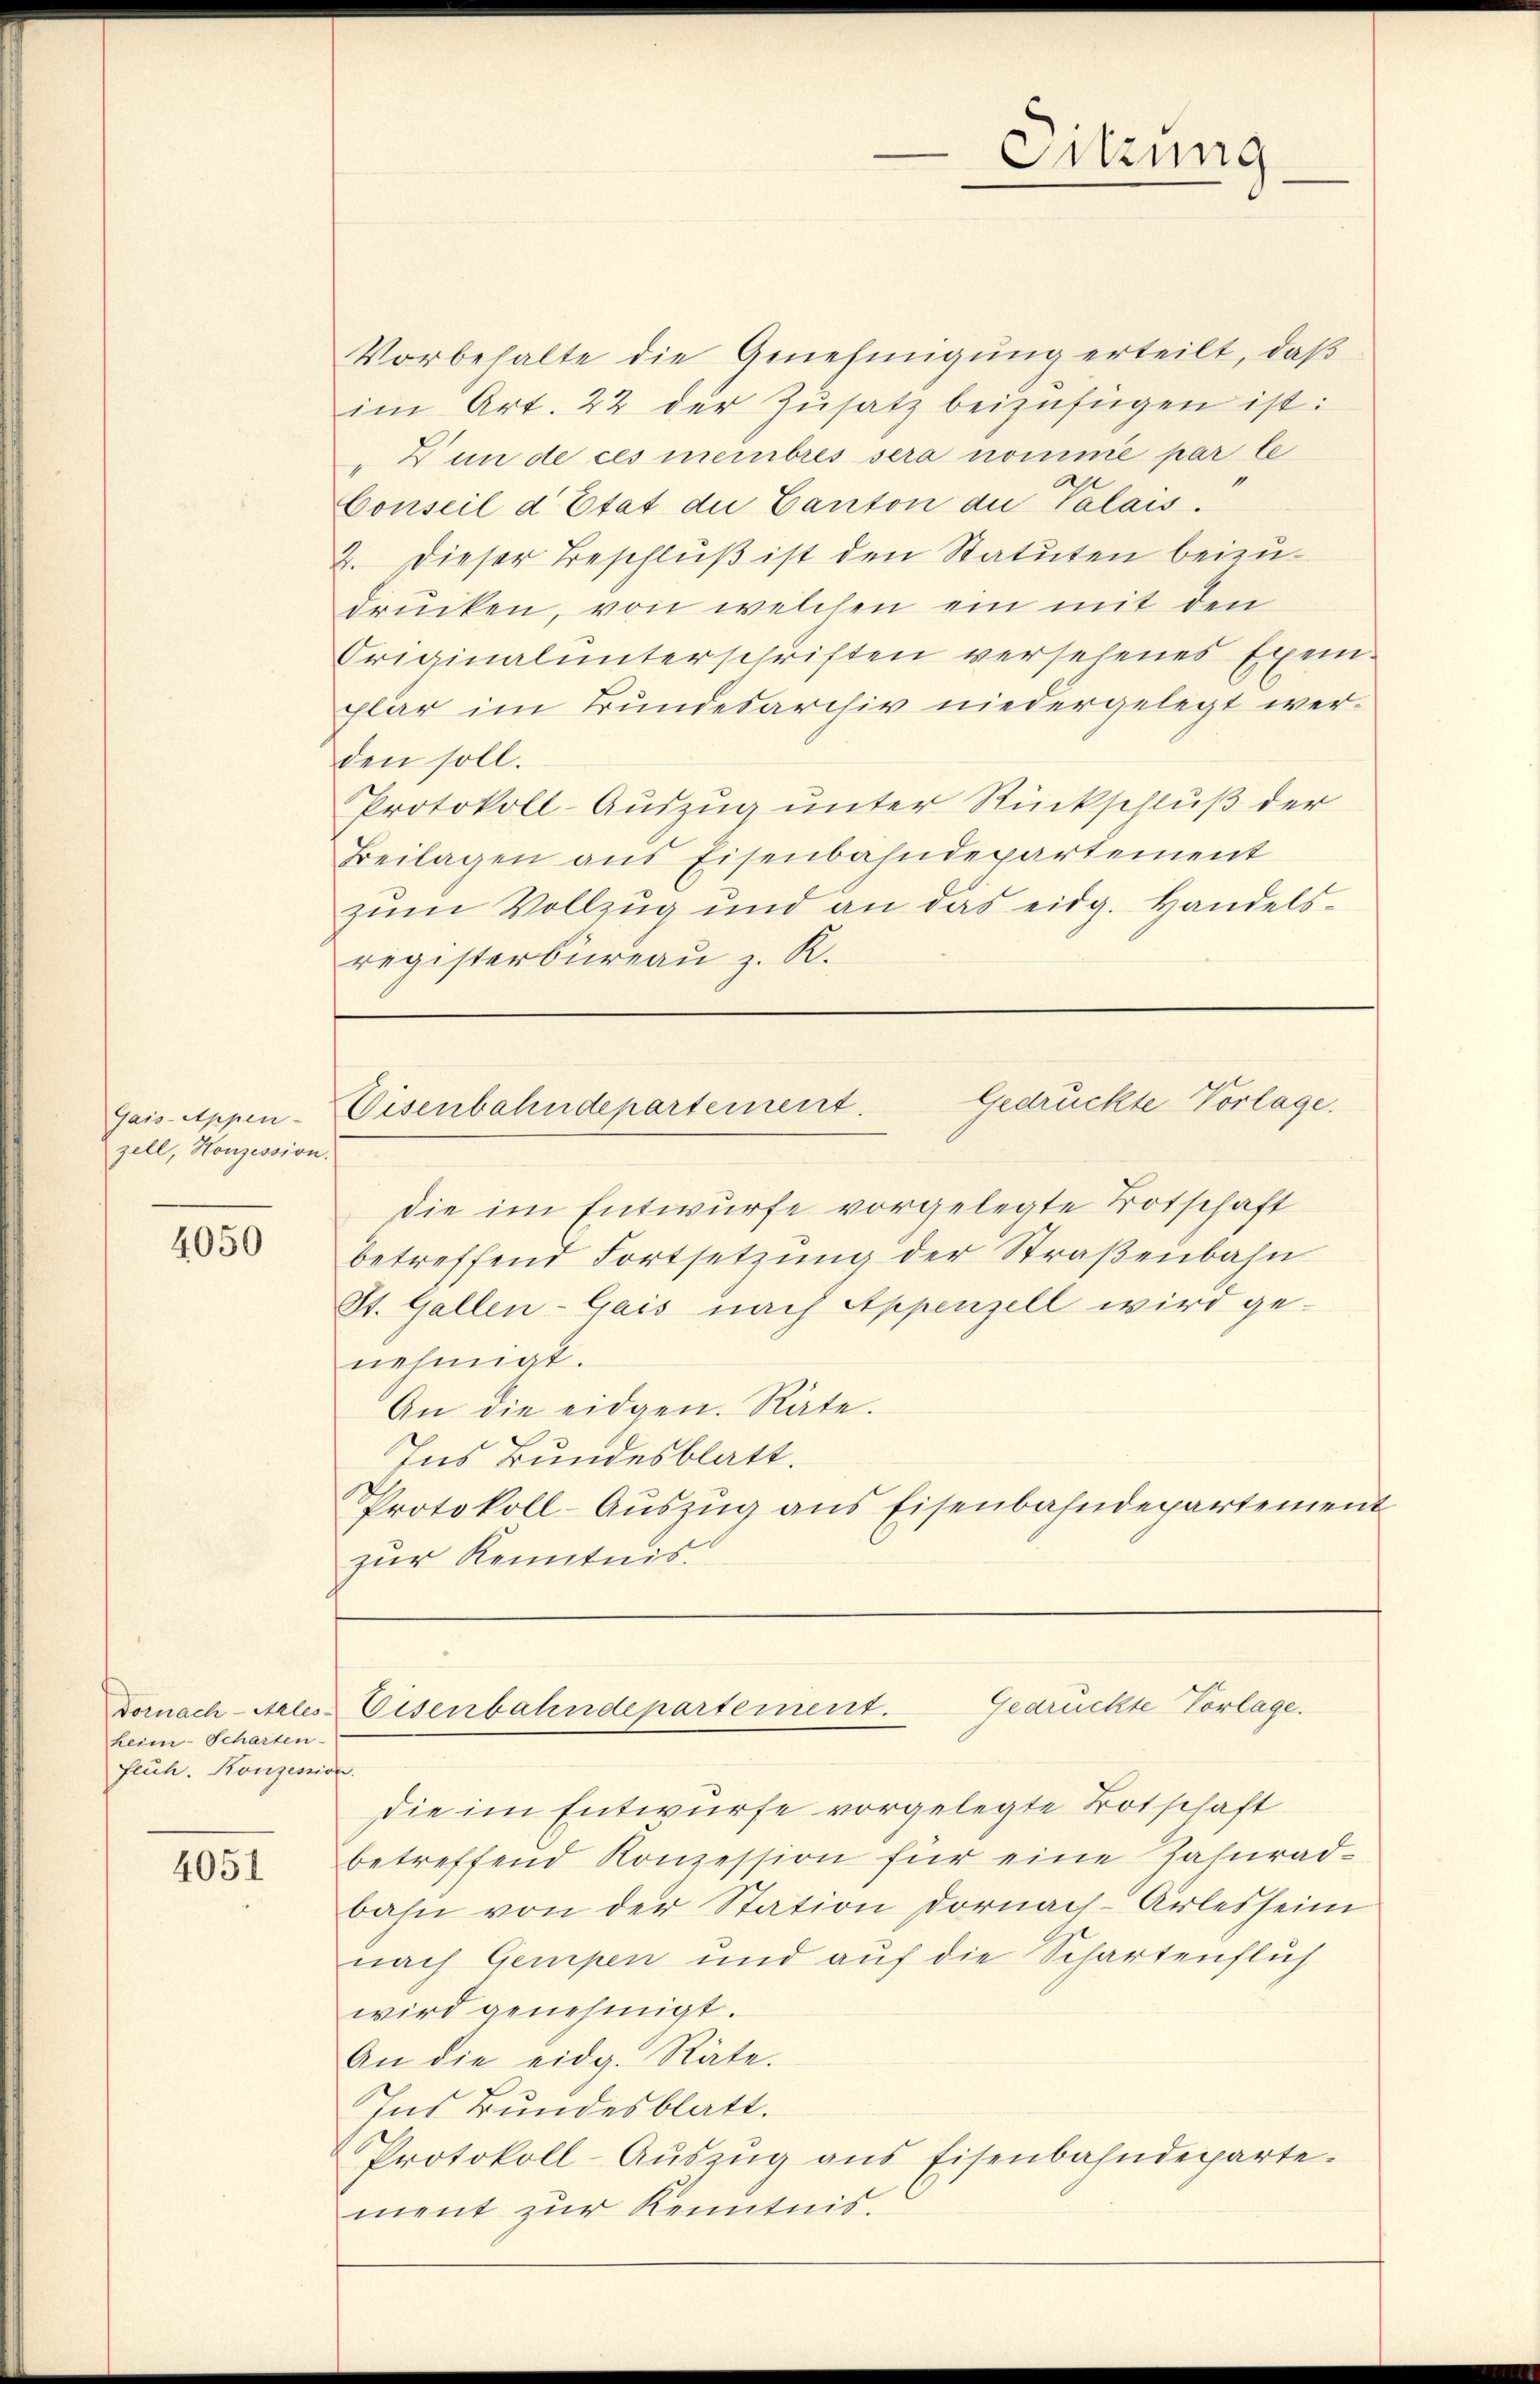
Gais-Appen-
zell, Honzession.

4050

heim-Scharten-
fluch. Konzession.

4051

Vorbehalte die Genehmigung erteilt, daß
im Art. 22 der Zŭsatz beizufügen ist:
" un de ces membres sera nomme par le
an
1
Conseil d Etat die Canton du Palais.
2. Dieser Beschluß ist den Statuten beizudrücken, von welchen ein mit den
Originalunterschriften versehenes Exem-
plar im Bundesarchiv niedergelegt werden soll.
Protokoll-Auszug unter Rückschluß der
Beilagen aus Eisenbahndepartement
zum Vollzug und an das eidg. Handelsregisterbüreaŭ z. R.

die im Entwurfe vorgelegte Botschaft
betreffend Fortsetzung der Straßenbahn
St. Gallen-Gais nach Appenzell wird ge-
nehmigt.
An die eidgen. Räte.
Ins Bundesblatt.
Protokoll-Auszug aus Eisenbahndepartement
zur Kenntnis

die im Entwurfe vorgelegte Botschaft
betreffend Konzession für eine Jahnradbahn von der Station dornach Arlesheim
nach Gempen und auf die Schartenflich
wird genehmigt.
An die eidg. Räte.
Ins Bundesblatt.
Protokoll-Auszug aus Eisenbahndeparte.
ment zur Kenntnis.

Sitzung

Gedrückte Vorlage.
Eisenbahndepartement.

Gedrückte Vorlage.
Dornach Alles Eisenbahndepartement.